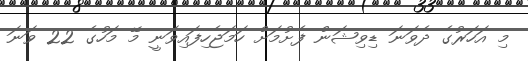
މި އަހަރުގެ ދެވަނަ ޑިވިޝަން ފެށުމަށް ހަމަޖެހިފައިވަނީ މޭ މަހުގެ 22 ވަނަ